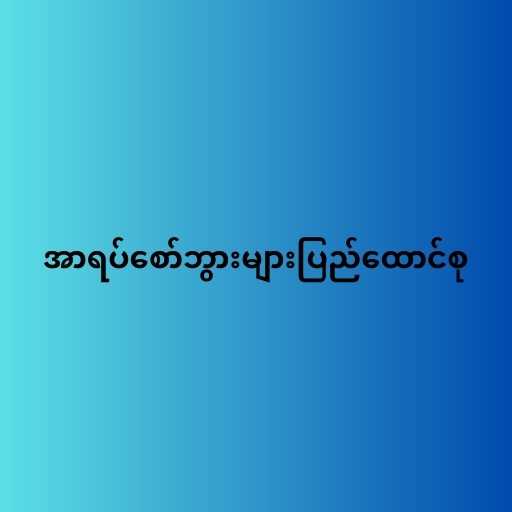
အာရပ်စော်ဘွားများပြည်ထောင်စု